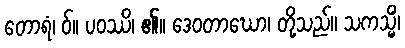
တောရံ၊ ဝ်။ ပဝဿိ၊ ၏။ ဒေဝတာဃော၊ တို့သည်။ သကသ္မိံ၊